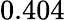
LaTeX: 0.404